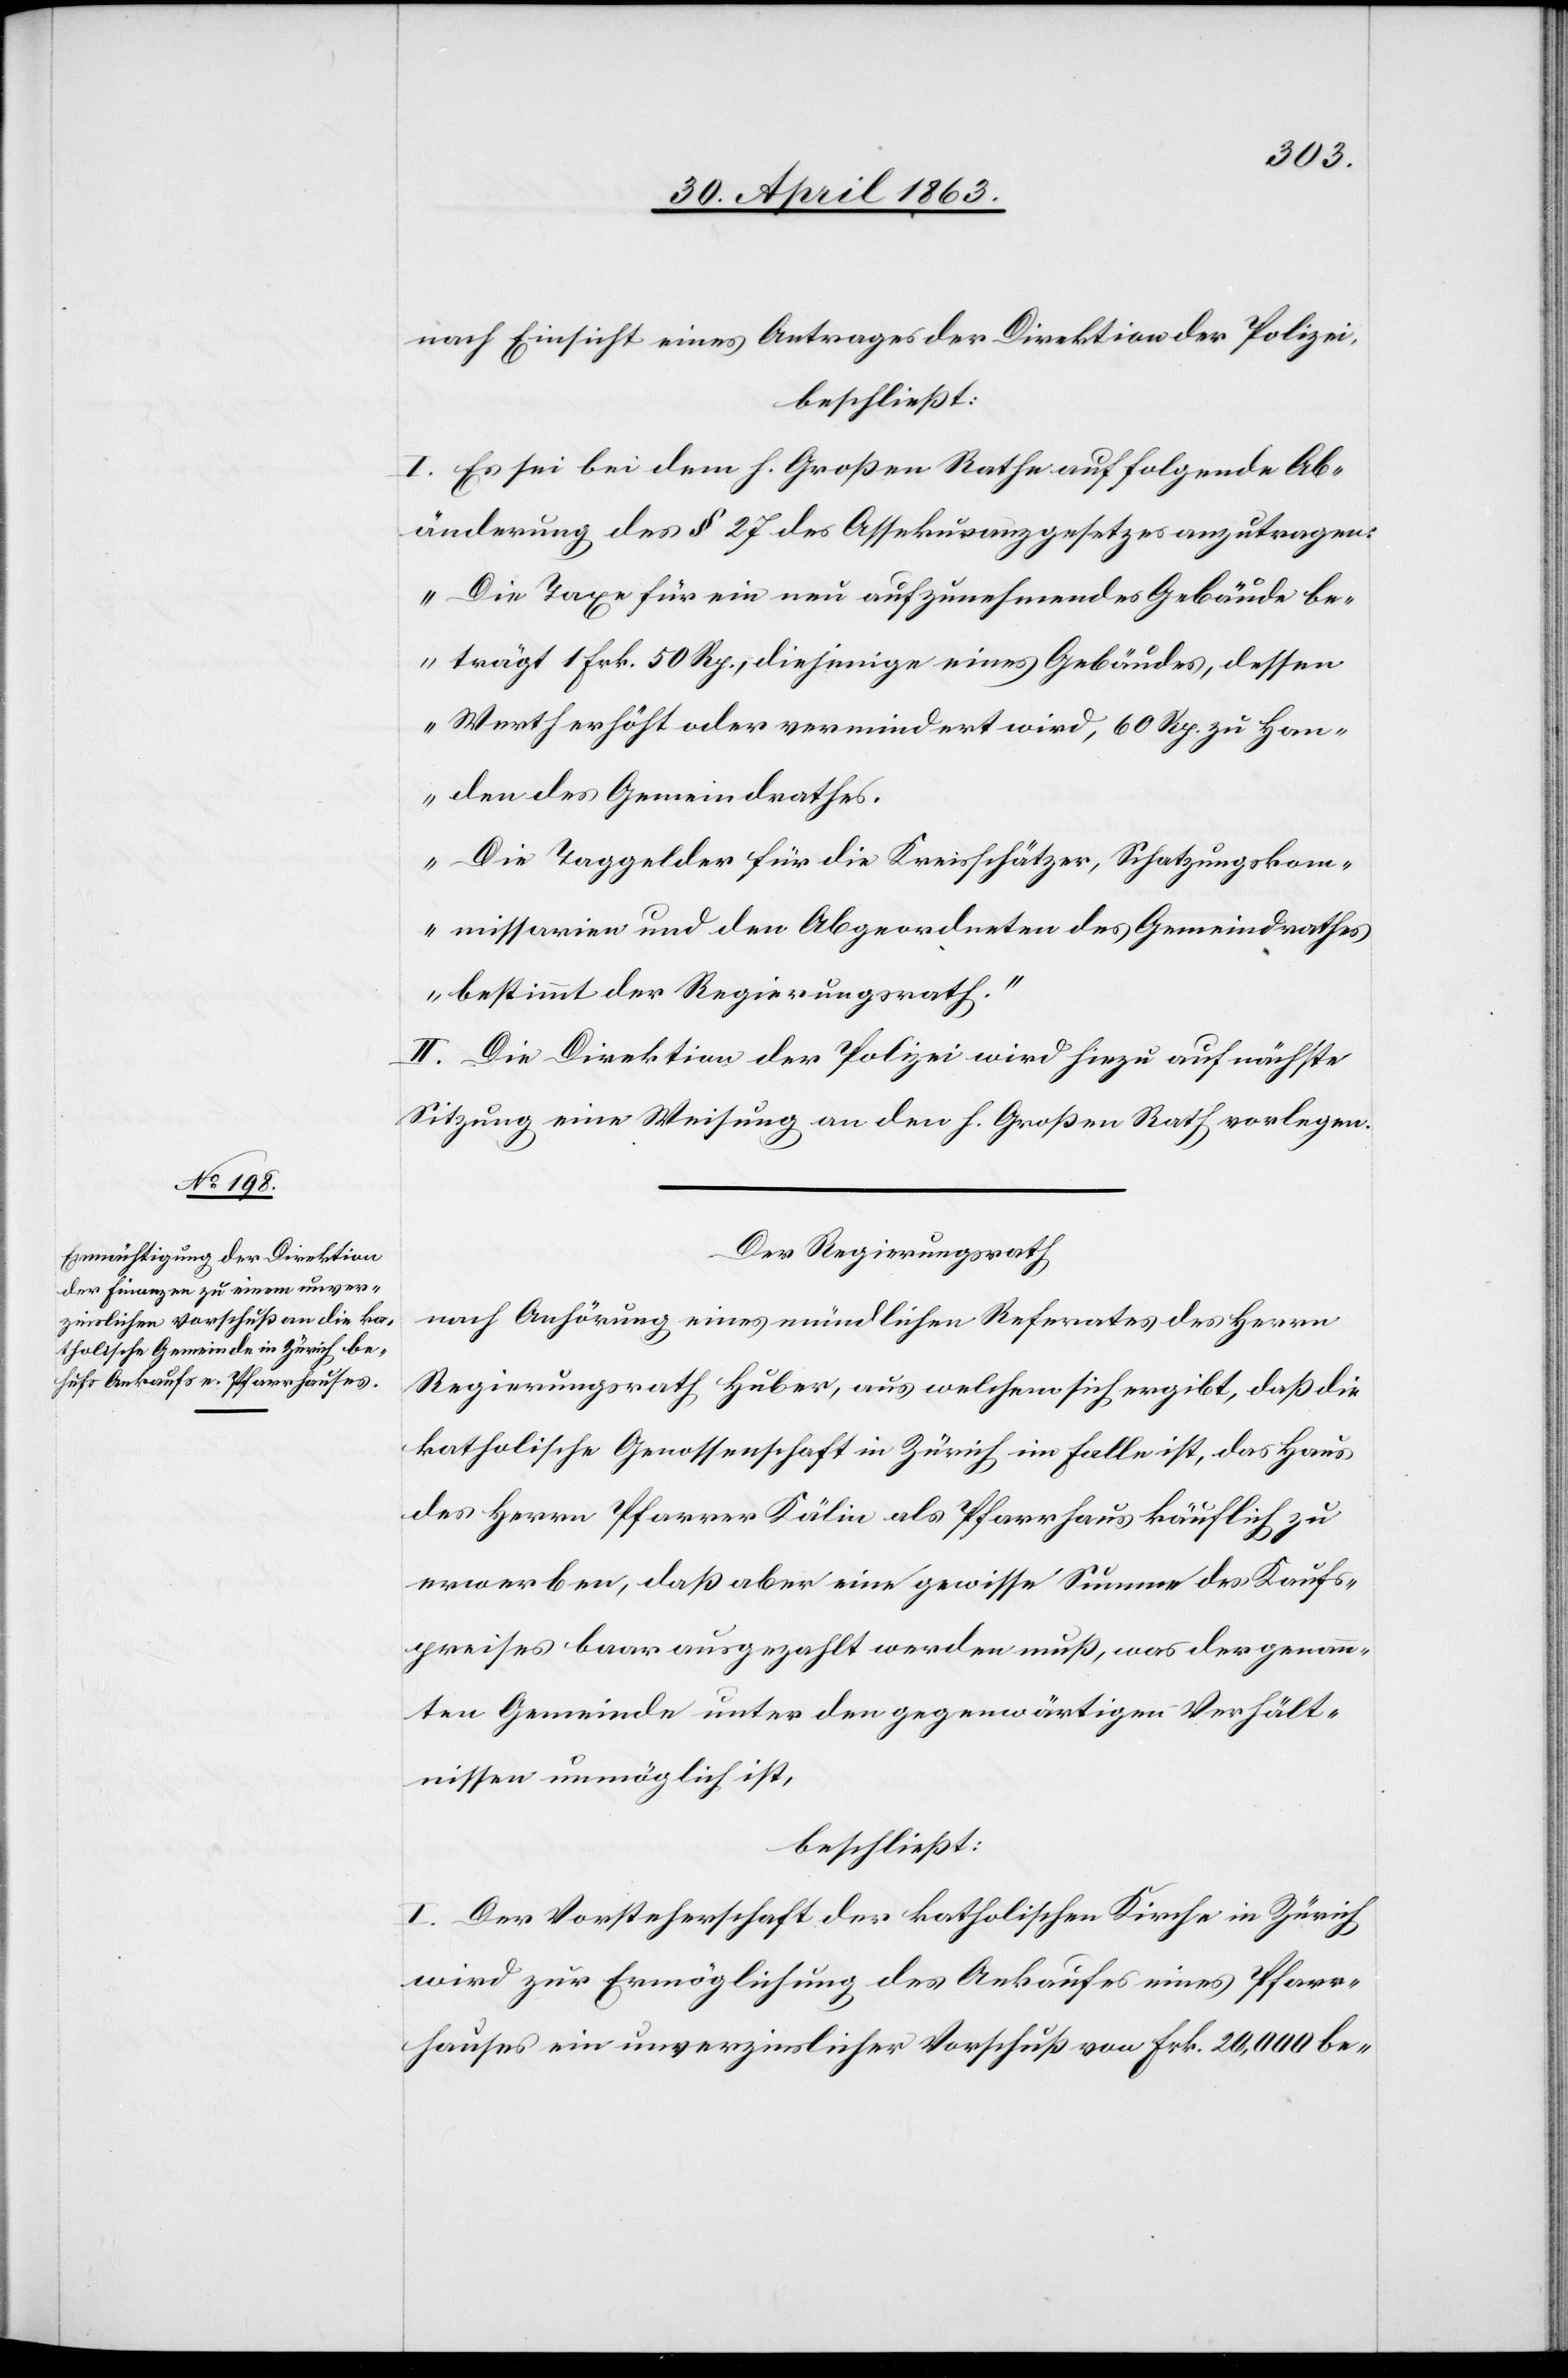
nach Einsicht eines Antrages der Direktion der Polizei,
beschließt:
I. Es sei bei dem h. Großen Rathe auf folgende Ab¬
änderung des § 27 des Assekuranzgesetzes anzutragen:
„Die Taxe für ein neu aufzunehmendes Gebäude be¬
trägt 1 Frk. 50 Rp., diejenige eines Gebäudes, dessen
Werth erhöht oder vermindert wird, 60 Rp. zu Han¬
den des Gemeindrathes.
Die Taggelder für die Kreisschätzer, Schatzungskom¬
missiarien und den Abgeordneten des Gemeindrathes
bestimmt der Regierungsrath.“
II. Die Direktion der Polizei wird hiezu auf nächste
Sitzung eine Weisung an den h. Großen Rath vorlegen.
Der Regierungsrath
nach Anhörung eines mündlichen Referates des Herrn
Regierungsrath Huber, aus welchem sich ergibt, daß die
katholische Genossenschaft in Zürich im Falle ist, das Haus
des Herrn Pfarrer Kälin als Pfarrhaus käuflich zu
erwerben, daß aber eine gewisse Summe des Kaufs¬
preises baar ausgezahlt werden muß, was der genann¬
ten Gemeinde unter den gegenwärtigen Verhält¬
nissen unmöglich ist,
beschließt:
I. Der Vorsteherschaft der katholischen Kirche in Zürich
wird zur Ermöglichung des Ankaufes eines Pfarr¬
hauses ein unverzinslicher Vorschuß von Frk. 20,000 be-